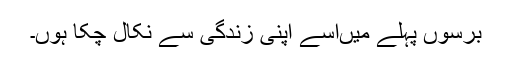
برسوں پہلے میںاسے اپنی زندگی سے نکال چکا ہوں۔